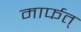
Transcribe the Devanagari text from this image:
मार्फत्‌